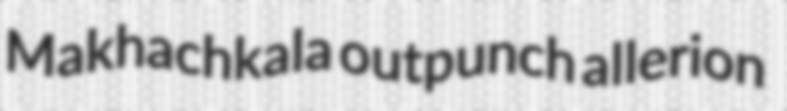
Makhachkala outpunch allerion